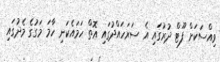
ވިއްސަކަށް ފޫޓް ދުރުގައި އެ ސަރަހައްދުގައި އޮތް ހަމައެކަނި ހާމަ މަގުގެ މެދުގައި